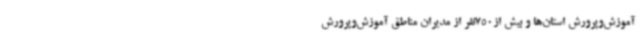
آموزش‌وپرورش استان‌ها و بیش از750نفر از مدیران مناطق آموزش‌وپرورش